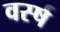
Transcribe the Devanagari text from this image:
वर्स्ष